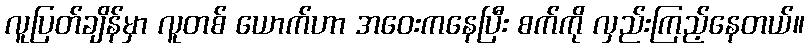
လူပြတ်ချိန်မှာ လူတစ် ယောက်ဟာ အဝေးကနေပြီး စက်ကို လှည်းကြည့်နေတယ်။